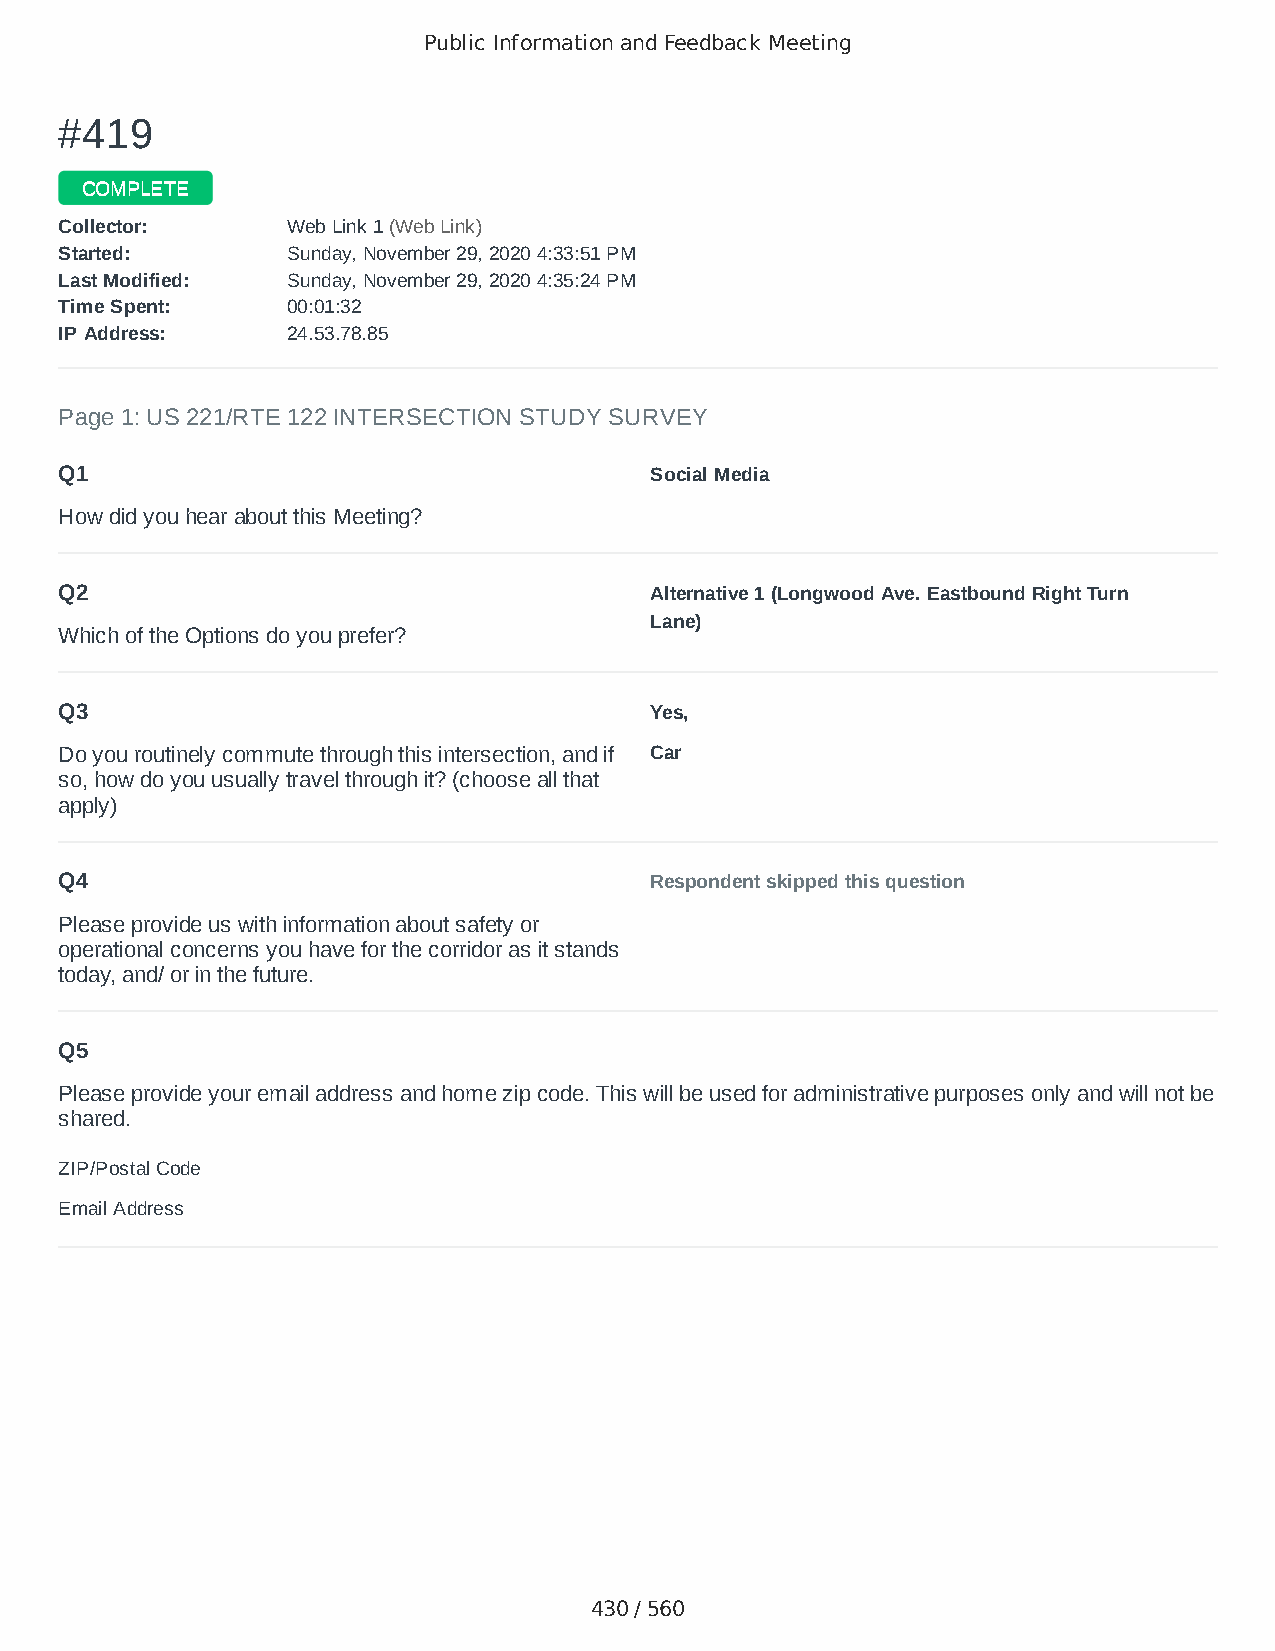
Public Information and Feedback Meeting
 ##441199
 CCOOMMPPLLEETTEE
 CCoolllleeccttoorr:: WWeebb LLiinnkk 11 ((WWeebb LLiinnkk))
 SSttaarrtteedd:: SSuunnddaayy,, NNoovveemmbbeerr 2299,, 22002200 44::3333::5511 PPMM
 LLaasstt MMooddiiffiieedd:: SSuunnddaayy,, NNoovveemmbbeerr 2299,, 22002200 44::3355::2244 PPMM
 TTiimmee SSppeenntt:: 0000::0011::3322
 IIPP AAddddrreessss:: 2244..5533..7788..8855
 Page 1: US 221/RTE 122 INTERSECTION STUDY SURVEY
 Q1                                     Social Media
 How did you hear about this Meeting?
 Q2                                     Alternative 1 (Longwood Ave. Eastbound Right Turn
 Lane)
 Which of the Options do you prefer?
 Q3                                     Yes,
 Do you routinely commute through this intersection, and if Car
 so, how do you usually travel through it? (choose all that
 apply)
 Q4                                     Respondent skipped this question
 Please provide us with information about safety or
 operational concerns you have for the corridor as it stands
 today, and/ or in the future.
 Q5
 Please provide your email address and home zip code. This will be used for administrative purposes only and will not be
 shared.
 ZIP/Postal Code                        24523
 Email Address                          amandadehart@gmail.com
 430 / 560